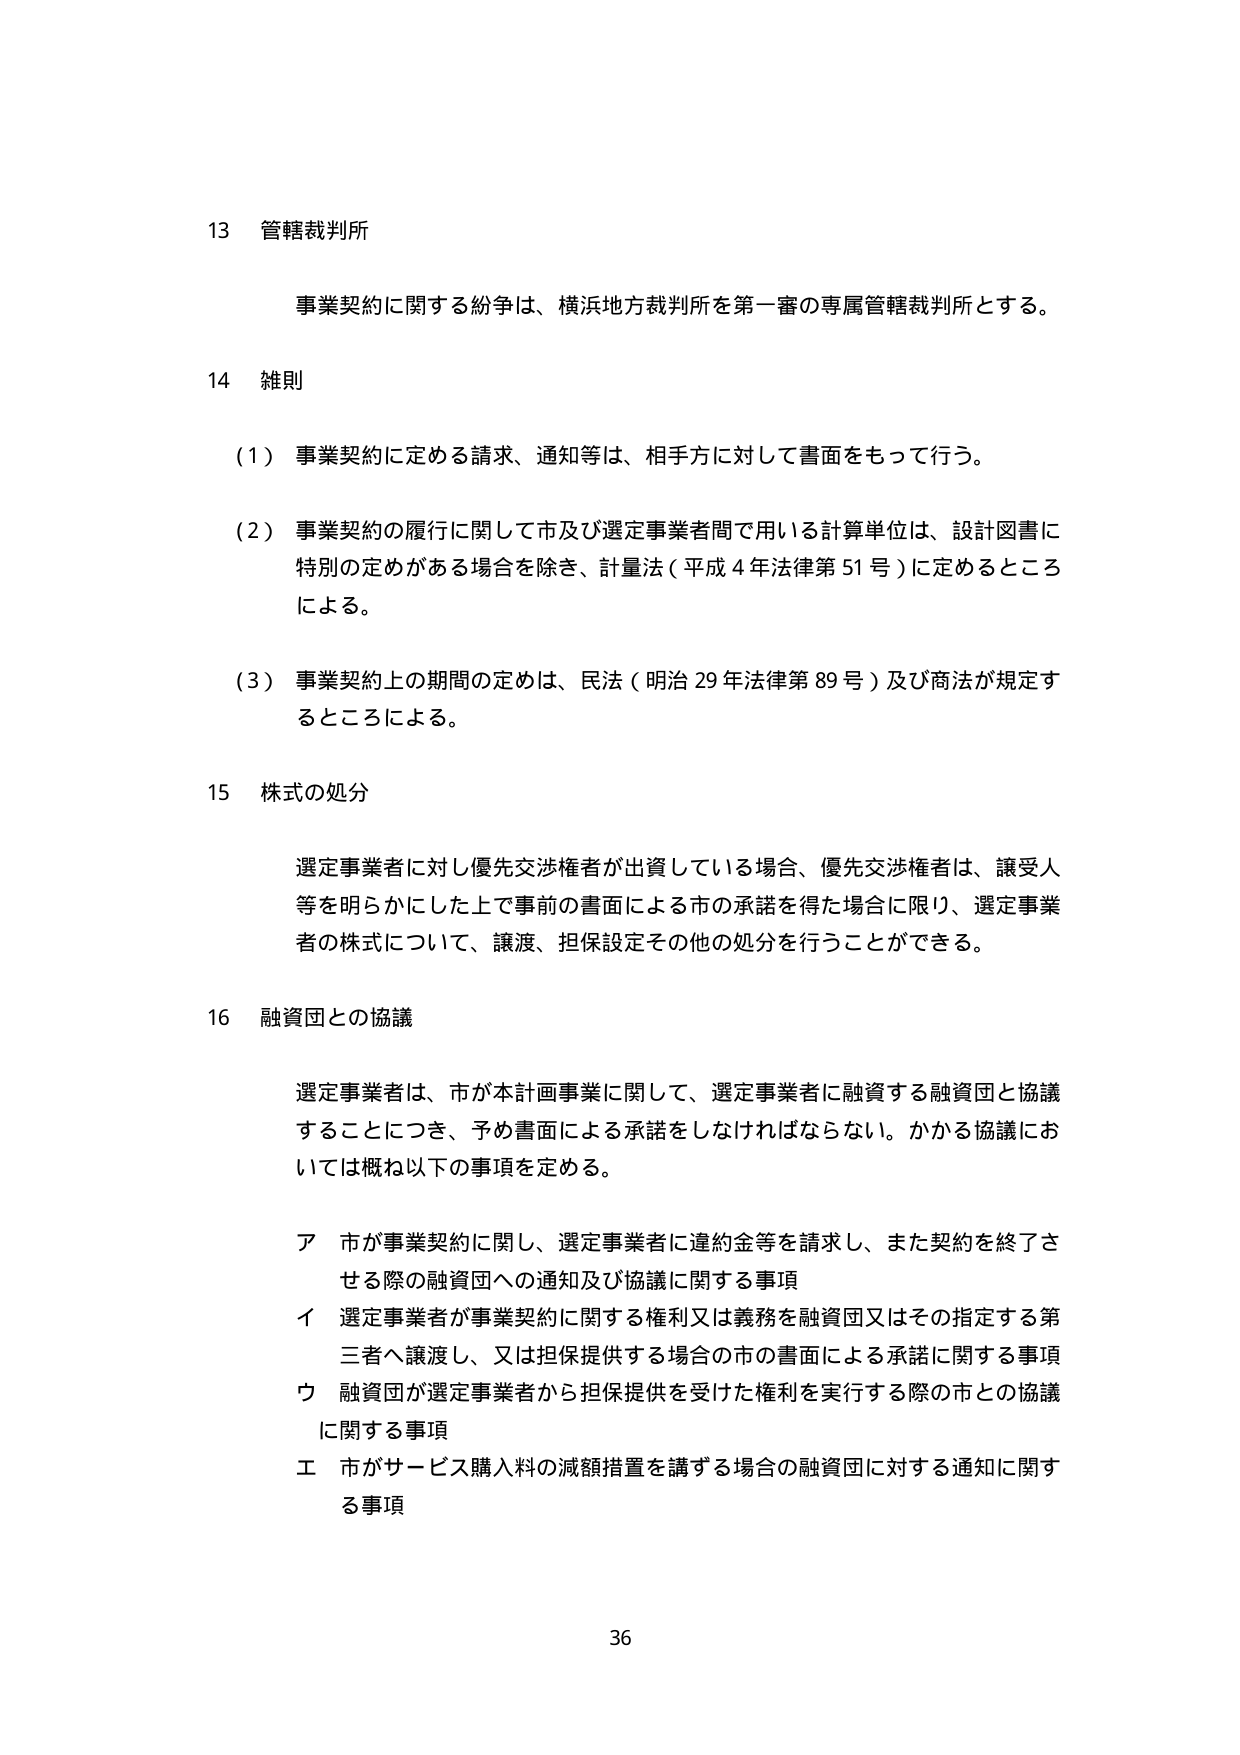
13 管轄裁判所

事業契約に関する紛争は、横浜地方裁判所を第一審の専属管轄裁判所とする。

14 雑則

（1）事業契約に定める請求、通知等は、相手方に対して書面をもって行う。

（2）事業契約の履行に関して市及び選定事業者間で用いる計算単位は、設計図書に特別の定めがある場合を除き、計量法（平成４年法律第51号）に定めるところによる。

（3）事業契約上の期間の定めは、民法（明治29年法律第89号）及び商法が規定するところによる。

15 株式の処分

選定事業者に対し優先交渉権者が出資している場合、優先交渉権者は、譲受人等を明らかにした上で事前の書面による市の承諾を得た場合に限り、選定事業者の株式について、譲渡、担保設定その他の処分を行うことができる。

16 融資団との協議

選定事業者は、市が本計画事業に関して、選定事業者に融資する融資団と協議することにつき、予め書面による承諾をしなければならない。かかる協議においては概ね以下の事項を定める。

ア 市が事業契約に関し、選定事業者に違約金等を請求し、また契約を終了させる際の融資団への通知及び協議に関する事項

イ 選定事業者が事業契約に関する権利又は義務を融資団又はその指定する第三者へ譲渡し、又は担保提供する場合の市の書面による承諾に関する事項

ウ 融資団が選定事業者から担保提供を受けた権利を実行する際の市との協議に関する事項

エ 市がサービス購入料の減額措置を講ずる場合の融資団に対する通知に関する事項

36